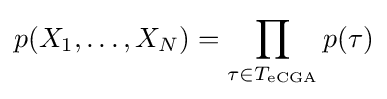
p(X_{1},\dots ,X_{N})=\prod _{\tau \in T_{\text{eCGA}}}p(\tau )